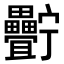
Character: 𤴍